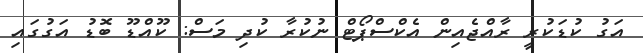
އަގު ކުޑަކުރީ ރާއްޖެއިން އެކްސްޕޯޓް ނުކުރާ ކުދި މަސް: ކޫއްޑޫ ބޮޑު އަގުގައި